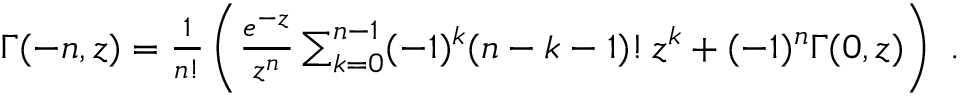
\begin{array} { r } { \Gamma ( - n , z ) = { \frac { 1 } { n ! } } \left( { \frac { e ^ { - z } } { z ^ { n } } } \sum _ { k = 0 } ^ { n - 1 } ( - 1 ) ^ { k } ( n - k - 1 ) ! \, z ^ { k } + ( - 1 ) ^ { n } \Gamma ( 0 , z ) \right) \ . } \end{array}